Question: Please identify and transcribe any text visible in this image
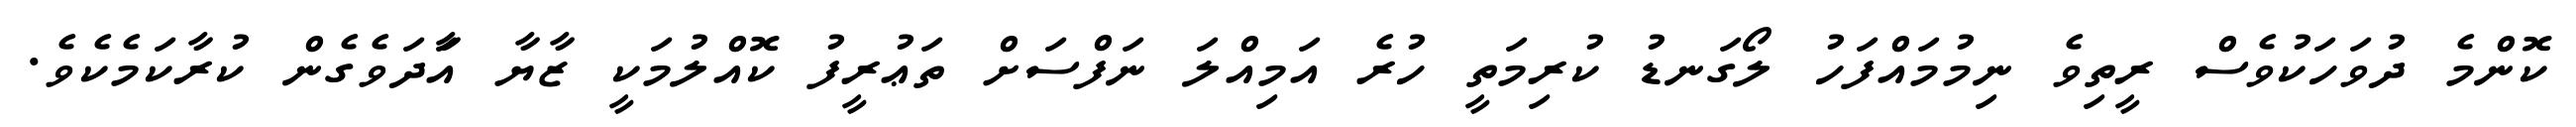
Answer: ކޮންމެ ދުވަހަކުވެސް ރީތިވެ ނިމުމައްފަހު ލޯގަނޑު ކުރިމަތީ ހުރެ އަމިއްލަ ނަފްސަށް ތަޢުރީފު ކޮއްލުމަކީ ޒާޔާ އަާދަވެގެން ކުރާކަމެކެވެ.